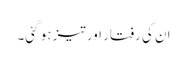
ان کی رفتار اور تیز ہو گئی۔